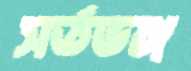
সর্তভঙ্গ